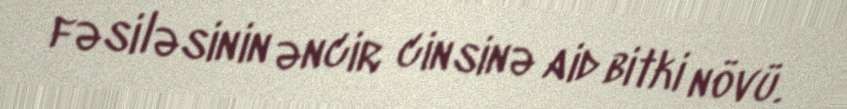
fəsiləsinin əncir cinsinə aid bitki növü.